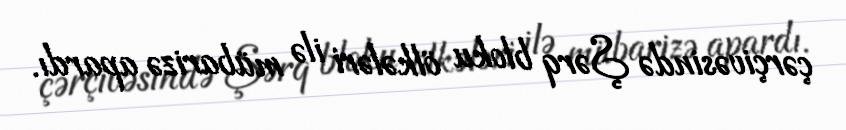
çərçivəsində Şərq bloku ölkələri ilə mübarizə apardı.